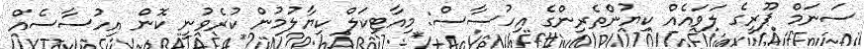
ސަނަމް ޕޫރީގެ ލަވައެއް ކިޔުންތެރިންގެ އިހުސާސް: މިއާޓިކަލް ކިޔާލުމުން ކުރެވުނީ ކޮން އިހުސާސެއް